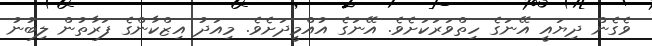
ވެގެން ދިޔައީ އޭނަގެ ހިތްވަރަކަށެވެ. އޭނަގެ އުއްމީދަށެވެ. މިއަދު އިޒްކާންގެ ފަރާތުން ލިބުނު